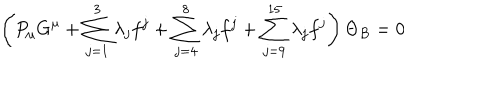
\left( P _ { \mu } G ^ { \mu } + \sum _ { j = 1 } ^ { 3 } \lambda _ { j } f ^ { j } + \sum _ { j = 4 } ^ { 8 } \lambda _ { j } f ^ { j } + \sum _ { j = 9 } ^ { 1 5 } \lambda _ { j } f ^ { j } \right) \Theta _ { B } = 0